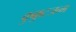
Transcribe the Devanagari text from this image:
कुक्कुटजन्म